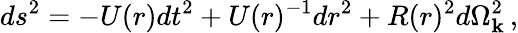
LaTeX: ds^{2}=-U(r)dt^{2}+U(r)^{-1}dr^{2}+R(r)^{2}d\Omega_{\mathbf{k}}^{2}\, ,